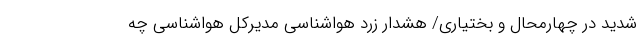
شدید در چهارمحال و بختیاری/ هشدار زرد هواشناسی مدیرکل هواشناسی چه